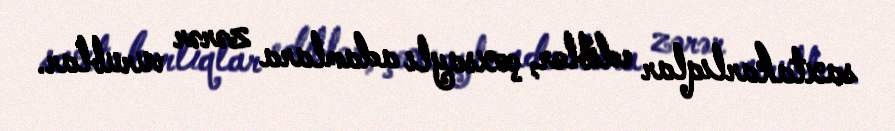
saxtakarlıqlar ediblər, çoxsaylı adamlara zərər vurublar.